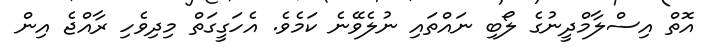
އޮތް އިސްލާމްދީނުގެ ލޯބި ނައްތައި ނުލެވޭނެ ކަމެވެ. އެހަގީގަތް މިދިވެހި ރާއްޖެ އިން